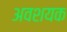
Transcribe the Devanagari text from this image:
अवशयक